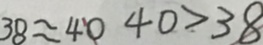
3 8 \approx 4 0 4 0 > 3 8